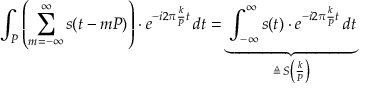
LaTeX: \int _ { P } \left( \sum _ { m = - \infty } ^ { \infty } s ( t - m P ) \right) \cdot e ^ { - i 2 \pi { \frac { k } { P } } t } \, d t = \underbrace { \int _ { - \infty } ^ { \infty } s ( t ) \cdot e ^ { - i 2 \pi { \frac { k } { P } } t } \, d t } _ { \triangleq \, S \left( { \frac { k } { P } } \right) }